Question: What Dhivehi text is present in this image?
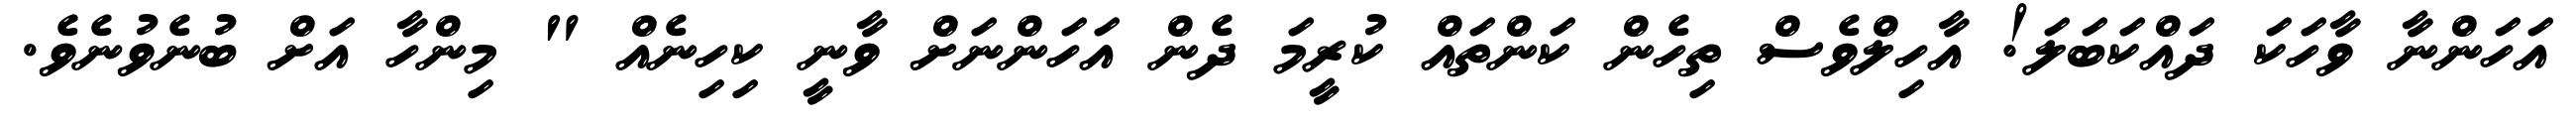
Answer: އަހަންނާ ވާހަކަ ދައްކަބަލަ! އާހިލްވެސް ތިހެން ކަންތައް ކުރީމަ ދެން އަހަންނަށް ވާނީ ކިހިނެއް " މިންހާ އަށް ބުނެވުނެވެ.